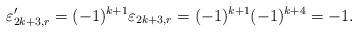
LaTeX: \begin{align*}\varepsilon^\prime_{2k+3,r}=(-1)^{k+1}\varepsilon_{2k+3,r}=(-1)^{k+1}(-1)^{k+4}=-1.\end{align*}